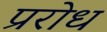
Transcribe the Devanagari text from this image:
प्ररोध